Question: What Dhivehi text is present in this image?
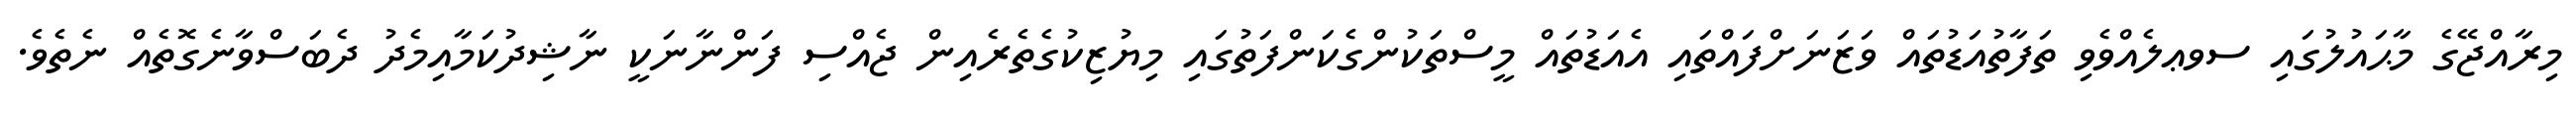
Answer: މިރާއްޖޭގެ މާޙައުލުގައި ސވޢލެއްވެވި ތަފާތުއަޑުތައް ވަޒަނަށްފައްތައި އެއަޑުތައް މީސްތަކުންގެކަންފަތުގައި މިޔުޒިކުގެތެރެއިން ޖެއްސި ފަންނާނަކީ ނާޝިދުކަމާއިމެދު ދެބަސްވާނެގޮތެއް ނެތެވެ.